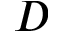
D